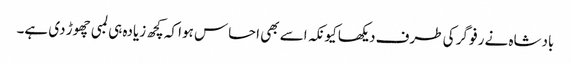
بادشاہ نے رفو گر کی طرف دیکھا کیونکہ اسے بھی احساس ہوا کہ کچھ زیادہ ہی لمبی چھوڑ دی ہے۔